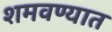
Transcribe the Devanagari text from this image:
शमवण्यात